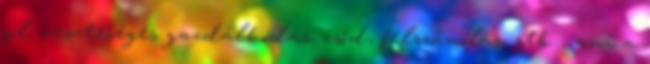
pl. veszteséges gazdálkodás, csőd, felszámolás, stb. , ami a